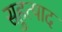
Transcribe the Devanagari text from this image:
सहुत्पाद